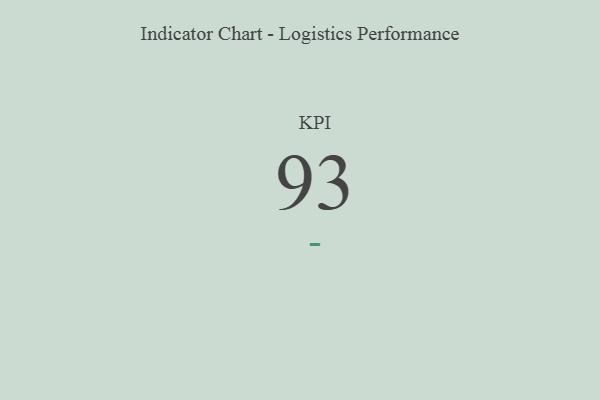
{"axis": {"x": "KPI", "y": "Value"}, "legend": [""], "data": [{"x": "KPI", "y": 93, "type": ""}]}